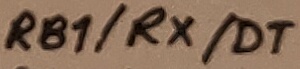
Text: RB1/RX/DT